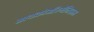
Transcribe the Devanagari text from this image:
मायक्रोऑरगॅनिझम